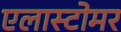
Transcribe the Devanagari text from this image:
एलास्टोमर